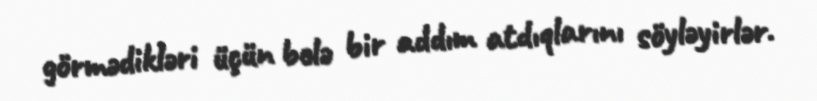
görmədikləri üçün belə bir addım atdıqlarını söyləyirlər.